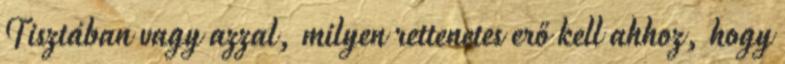
Tisztában vagy azzal, milyen rettenetes erő kell ahhoz, hogy